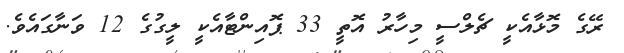
ރޭގެ މޮޅާއެކީ ޗެލްސީ މިހާރު އޮތީ 33 ޕޮއިންޓާއެކީ ލީގުގެ 12 ވަނާގައެވެ.